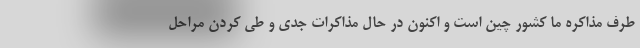
طرف مذاکره ما کشور چین است و اکنون در حال مذاکرات جدی و طی کردن مراحل